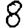
Digit: 8